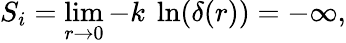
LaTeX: S_{i}=\operatorname*{lim}_{r\rightarrow 0}-k\ \ln(\delta(r))=-\infty,